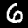
Digit: 6